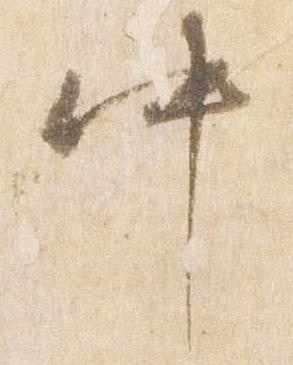
中